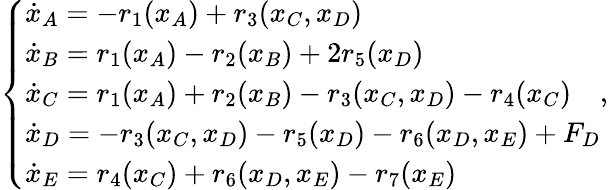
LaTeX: \left\{ \begin{array}{ll}{\dot{x}_{A}=-r_{1}(x_{A})+r_{3}(x_{C},x_{D})}\\ {\dot{x}_{B}=r_{1}(x_{A})-r_{2}(x_{B})+2r_{5}(x_{D})}\\ {\dot{x}_{C}=r_{1}(x_{A})+r_{2}(x_{B})-r_{3}(x_{C},x_{D})-r_{4}(x_{C})}\\ {\dot{x}_{D}=-r_{3}(x_{C},x_{D})-r_{5}(x_{D})-r_{6}(x_{D},x_{E})+F_{D}}\\ {\dot{x}_{E}=r_{4}(x_{C})+r_{6}(x_{D},x_{E})-r_{7}(x_{E})}\end{array}\right.,